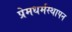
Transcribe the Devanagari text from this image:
प्रेमधर्मस्थापन